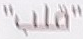
"قلب"